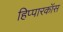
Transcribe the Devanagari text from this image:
हिप्पारकॉस